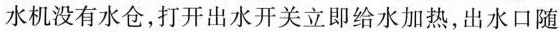
水机没有水仓，打开出水开关立即给水加热，出水口随